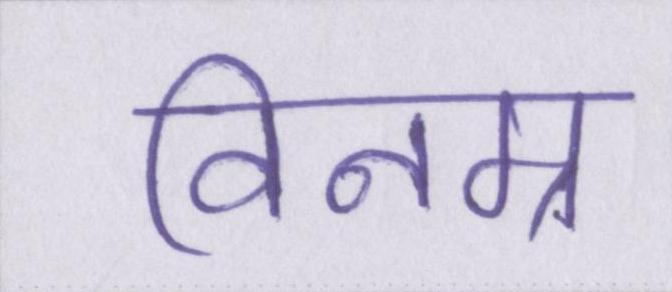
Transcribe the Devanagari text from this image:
विनम्र